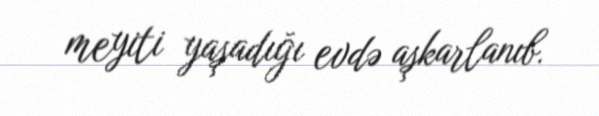
meyiti yaşadığı evdə aşkarlanıb.